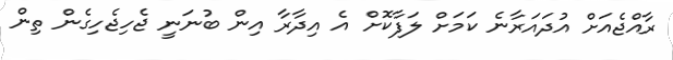
ރާއްޖެއަށް އުދައަރާނެ ކަމަށް ލަފާކޮށް އެ އިދާރާ އިން ބުނަނީ ޖެހިޖެހިގެން ތިން